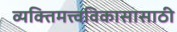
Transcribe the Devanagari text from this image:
व्यक्तिमत्त्वविकासासाठी